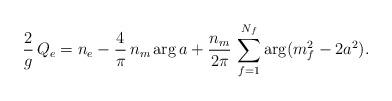
LaTeX: \begin{align*}{2\over g}\, Q_e = n_e-{4\over\pi }\, n_m \arg a+{n_m\over 2\pi}\,\sum _{f=1}^{N_f}\arg (m_f^2-2a^2).\end{align*}